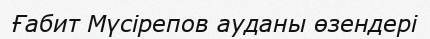
Ғабит Мүсірепов ауданы өзендері